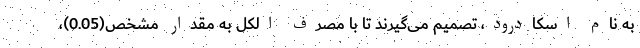
به نام اسکادرود، تصمیم می‌گیرند تا با مصرف الکل به مقدار مشخص(0.05)،